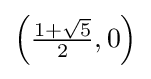
{\textstyle \left({\frac {1+{\sqrt {5}}}{2}},0\right)}